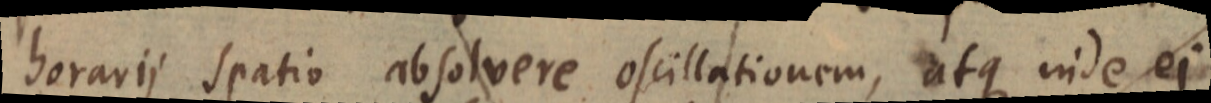
horarii spatio absolvere oscillationem, atque inde ei